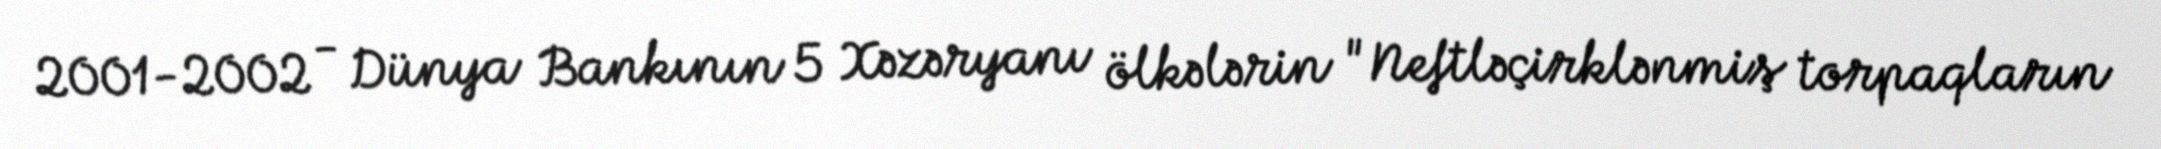
2001-2002 - Dünya Bankının 5 Xəzəryanı ölkələrin "Neftləçirklənmiş torpaqların